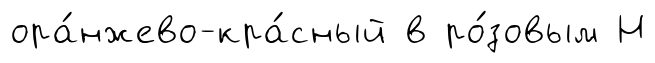
ора́нжево-кра́сный в ро́зовым Н